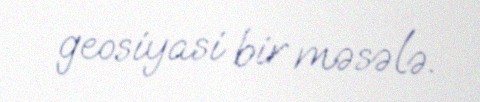
geosiyasi bir məsələ.